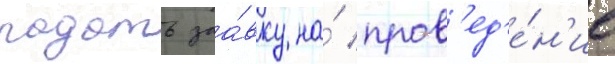
подать заа́вку на́ пров'ед'е́н'ие